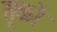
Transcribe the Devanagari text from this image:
सूकों